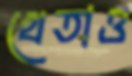
খেতাও